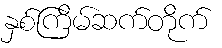
နှစ်ကြိမ်ဆက်တိုက်